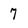
Character: 7